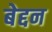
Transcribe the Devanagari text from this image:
बेद्दन